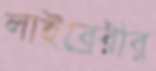
লাইব্রেরীর